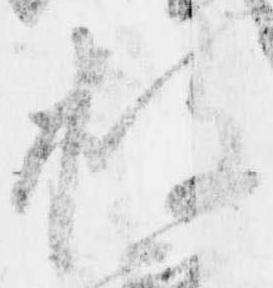
披